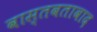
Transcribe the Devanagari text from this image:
वास्तवतावाद